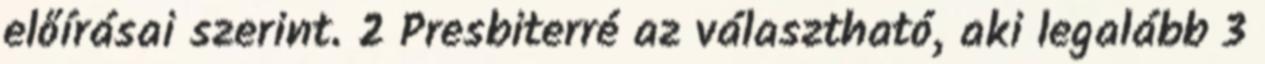
előírásai szerint. 2 Presbiterré az választható, aki legalább 3